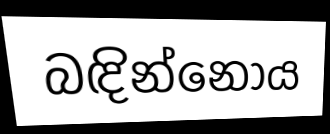
බඳින්නෝය